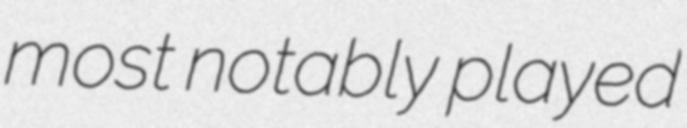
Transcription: most notably played